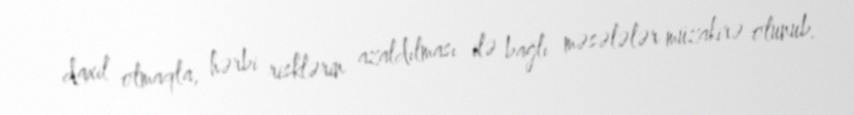
daxil olmaqla, hərbi risklərin azaldılması ilə bağlı məsələlər müzakirə olunub.